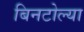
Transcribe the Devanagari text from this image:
बिनटोल्या